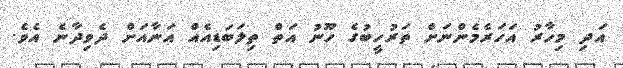
އަދި މިހާރު އަހަރެމެންނަށް ތަރުހީބުގެ ހޫނު އަތް ތިލަބަޑިއެއް އަނާއަށް ދެވިދާނެ އެވެ.